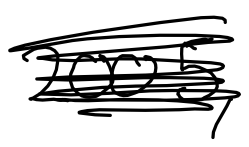
Text: 2005,
Cross-out: scratch
Writing tool: digital_black